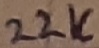
Text: 22K